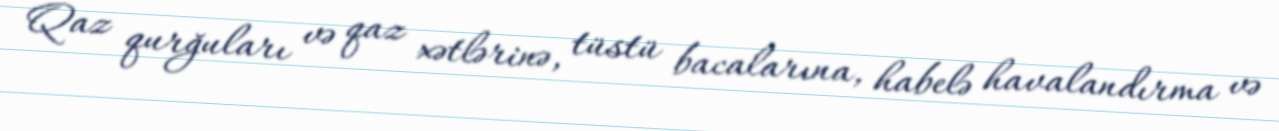
Qaz qurğuları və qaz xətlərinə, tüstü bacalarına, habelə havalandırma və